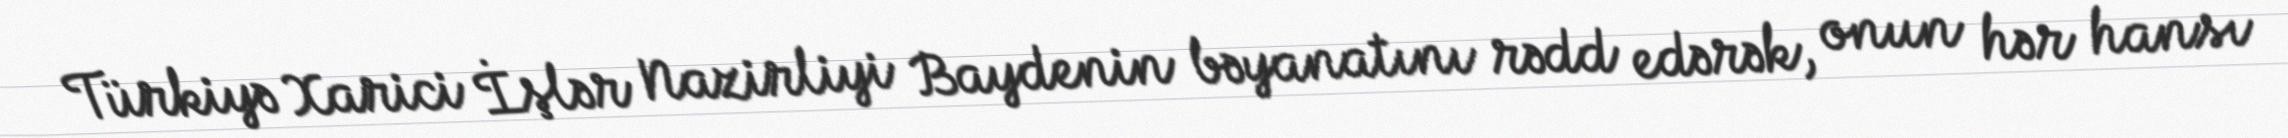
Türkiyə Xarici İşlər Nazirliyi Baydenin bəyanatını rədd edərək, onun hər hansı